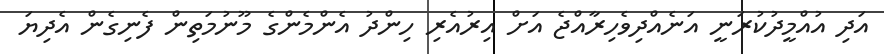
އަދި އުއްމީދުކުރަނީ އަނެއްދިވެހިރާއްޖެ އަށް އިރުއެރި ހިންދު އެންމެންގެ މޫނުމަތިން ފެނިގެން އެދިޔަ